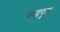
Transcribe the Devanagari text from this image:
चन्द्रपुरा